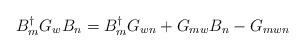
LaTeX: \begin{align*}B_{m}^{\dagger} G_{w} B_{n} = B^{\dagger}_{m} G_{wn} + G_{mw} B_{n} - G_{mwn} \end{align*}